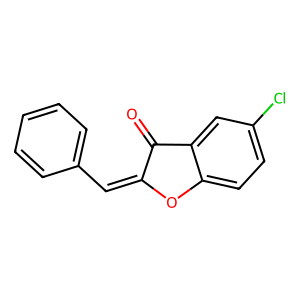
SMILES: O=C1C(=Cc2ccccc2)Oc2ccc(Cl)cc21
Inhibits HIV replication: No